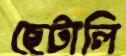
ছেটালি